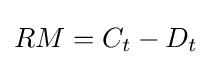
RM=C_{t}-D_{t}